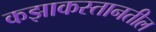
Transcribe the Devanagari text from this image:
कझाकस्तानतील